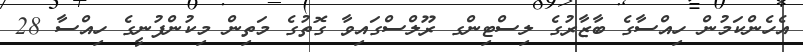
އެހެންކަމުން ހިއްސާގެ ބާޒާރުގެ ލިސްޓިންގ ރޫލްސްގައިވާ ގޮތުގެ މަތިން މިކުންފުނީގެ ހިއްސާ 28